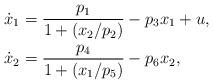
LaTeX: \begin{align*} \begin{aligned} \dot x_1 &= \frac{p_1}{1 + (x_2/p_2)} - p_3 x_1 + u, \\ \dot x_2 &= \frac{p_4}{1 + (x_1/p_5)} - p_{6} x_2, \end{aligned} \end{align*}